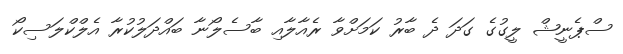
ސްޕެނީޝް ލީގުގެ ގަދަ ދެ ބާރު ކަމަށްވާ ރެއާލާއި ބާސެލޯނާ ބައްދަލުކުރާ އެލްކްލަސިކޯ